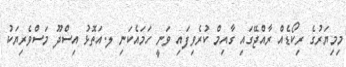
މިމިޔަރުގެ ރިކޯޑެއް ރާއްޖޭގައި ގާއިމް ކުރެވިފައި ވަނީ ހަމައެކަނި ލ.އަތޮޅު އިސްދޫ މަސްވެރިޔަކު